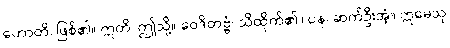
ဟောတိ၊ ဖြစ်၏။ ဣတိ၊ ဤသို့။ ဝေဒိတဗ္ဗံ၊ သိထိုက်၏။ ပန၊ ဆက်ဦးအံ့။ ဣမေသု